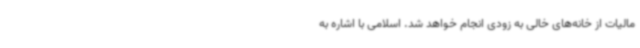
مالیات از خانه‌های خالی به زودی انجام خواهد شد. اسلامی با اشاره به